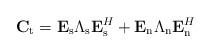
LaTeX: \begin{align*} \mathbf{C}_{\mathrm{t}} =\mathbf{E}_{\mathrm{s}}\Lambda_{\mathrm{s}}\mathbf{E}_{\mathrm{s}}^H+\mathbf{E}_{\mathrm{n}}\Lambda_{\mathrm{n}}\mathbf{E}_{\mathrm{n}}^H\end{align*}